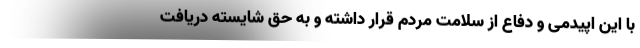
با این اپیدمی و دفاع از سلامت مردم قرار داشته و به حق شایسته دریافت